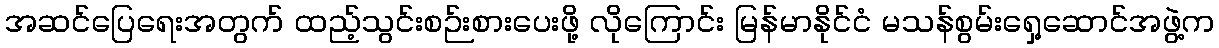
အဆင်ပြေရေးအတွက် ထည့်သွင်းစဉ်းစားပေးဖို့ လိုကြောင်း မြန်မာနိုင်ငံ မသန်စွမ်းရှေ့ဆောင်အဖွဲ့က